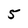
Character: 5